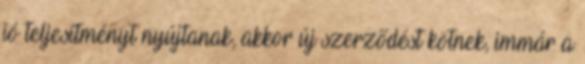
jó teljesítményt nyújtanak, akkor új szerződést kötnek, immár a